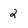
Character: 2